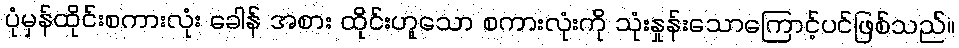
ပုံမှန်ထိုင်းစကားလုံး ခေါန် အစား ထိုင်းဟူသော စကားလုံးကို သုံးနှုန်းသောကြောင့်ပင်ဖြစ်သည်။